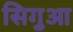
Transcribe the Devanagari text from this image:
सिगुआ